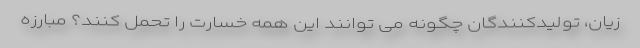
زیان، تولیدکنندگان چگونه می توانند این همه خسارت را تحمل کنند؟ مبارزه